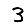
Digit: 3